Civil Veterinary Department Bihar reports 1940-50 - 1940-1950
Year: 1940
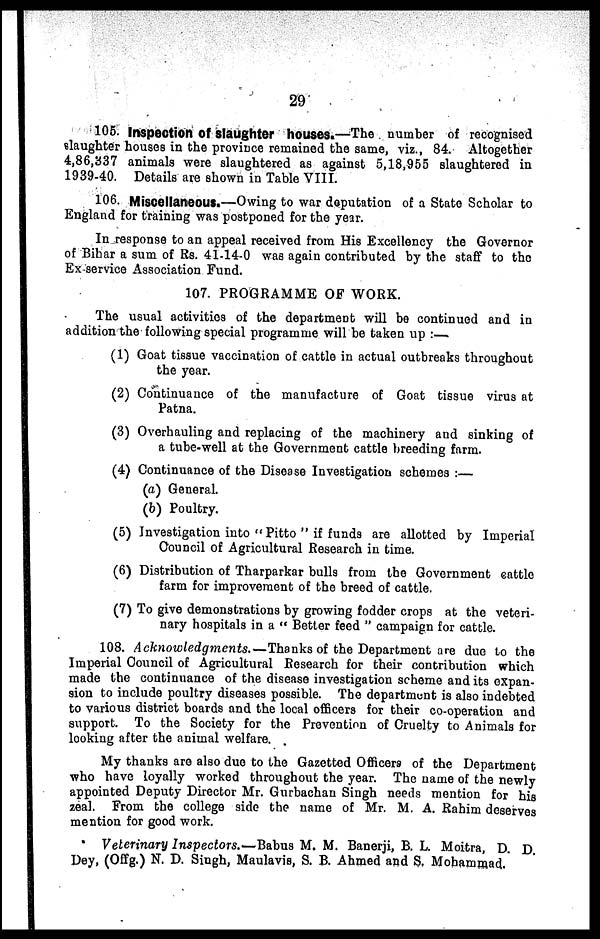
29
105. Irwpection of slaughter houses.—The number of recognised
slaughter houses in the province remained the same, viz., 84. Altogether
4,86,337 animals were slaughtered as against 5,18,955 slaughtered in
1939-40. Details are shown in Table VIII.
106. Miscellaneous.—Owing to war deputation of a State Scholar to
England for training was postponed for the year.
In response to an appeal received from His Excellency the Governor
of Bihar a sum of Rs. 41-14-0 was again contributed by the staff to the
Ex-service Association Fund.
107. PROGRAMME OF WORK.
The usual activities of the department will be continued and in
addition the following special programme will be taken up :—
(1) Goat tissue vaccination of cattle in actual outbreaks throughout
the year.
(2) Continuance of the manufacture of Goat tissue virus at
Patna.
(3) Overhauling and replacing of the machinery and sinking of
a tube-well at the Government cattle breeding farm.
(4) Continuance of the Disease Investigation schemes :—
(a) General.
(b) Poultry.
(5) Investigation into " Pitto " if funds are allotted by Imperial
Council of Agricultural Research in time.
(6) Distribution of Tharparkar bulls from the Government cattle
farm for improvement of the breed of cattle.
(7) To give demonstrations by growing fodder crops at the veteri-
nary hospitals in a " Better feed " campaign for cattle.
108. Acknowledgments.—Thanks of the Department are duo to the
Imperial Council of Agricultural Research for their contribution which
made the continuance of the disease investigation scheme and its expan-
sion to include poultry diseases possible. The department is also indebted
to various district boards and the local officers for their co-operation and
support. To the Society for the Prevention of Cruelty to Animals for
looking after the animal welfare.
My thanks are also due to the Gazetted Officers of the Department
who have loyally worked throughout the year. The name of the newly
appointed Deputy Director Mr. Gurbachan Singh needs mention for his
zeal. From the college side the name of Mr. M. A. Rahim deserves
mention for good work.
Veterinary Inspectors.—Babus M. M. Banerji, B. L. Moitra, D. D.
Dey, (Offg.) N. D. Singh, Maulavis, S. B. Ahmed and S. Mohammad.